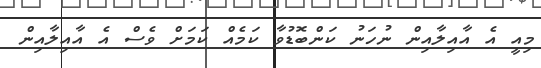
މިއީ އެ އާއިލާއިން ނުހަނު ކަންބޮޑުވާ ކަމެއް ކަމަށް ވެސް އެ އާއިލާއިން